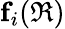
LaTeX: \textbf{f}_{i}(\mathfrak{R})